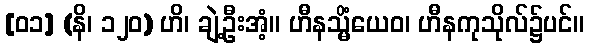
[၀၁] (နိ၊ ၁၂၀) ဟိ၊ ချဲ့ဦးအံ့။ ဟီနသ္မိံယေဝ၊ ဟီနကုသိုလ်၌ပင်။